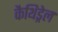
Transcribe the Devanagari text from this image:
कैथिड्रेल